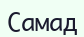
Самад